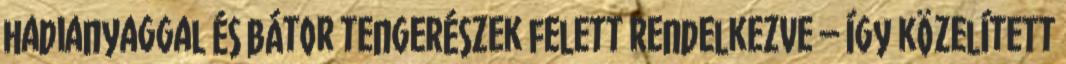
hadianyaggal és bátor tengerészek felett rendelkezve – így közelített